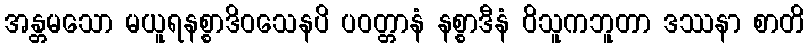
အန္တမသော မယူရနစ္စာဒိဝသေနပိ ပဝတ္တာနံ နစ္စာဒီနံ ဝိသူကဘူတာ ဒဿနာ စာတိ